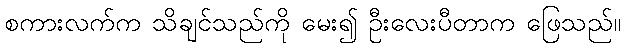
စကားလက်က သိချင်သည်ကို မေး၍ ဦးလေးပီတာက ဖြေသည်။